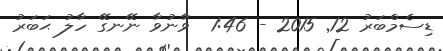
ޑިސެމްބަރު 12